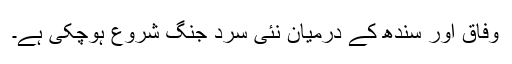
وفاق اور سندھ کے درمیان نئی سرد جنگ شروع ہوچکی ہے۔